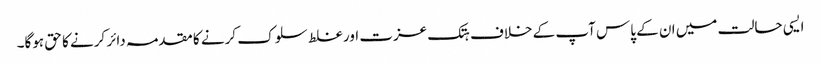
ایسی حالت میں ان کے پاس آپ کے خلاف ہتک عزت اور غلط سلوک کرنے کا مقدمہ دائر کرنے کا حق ہوگا۔